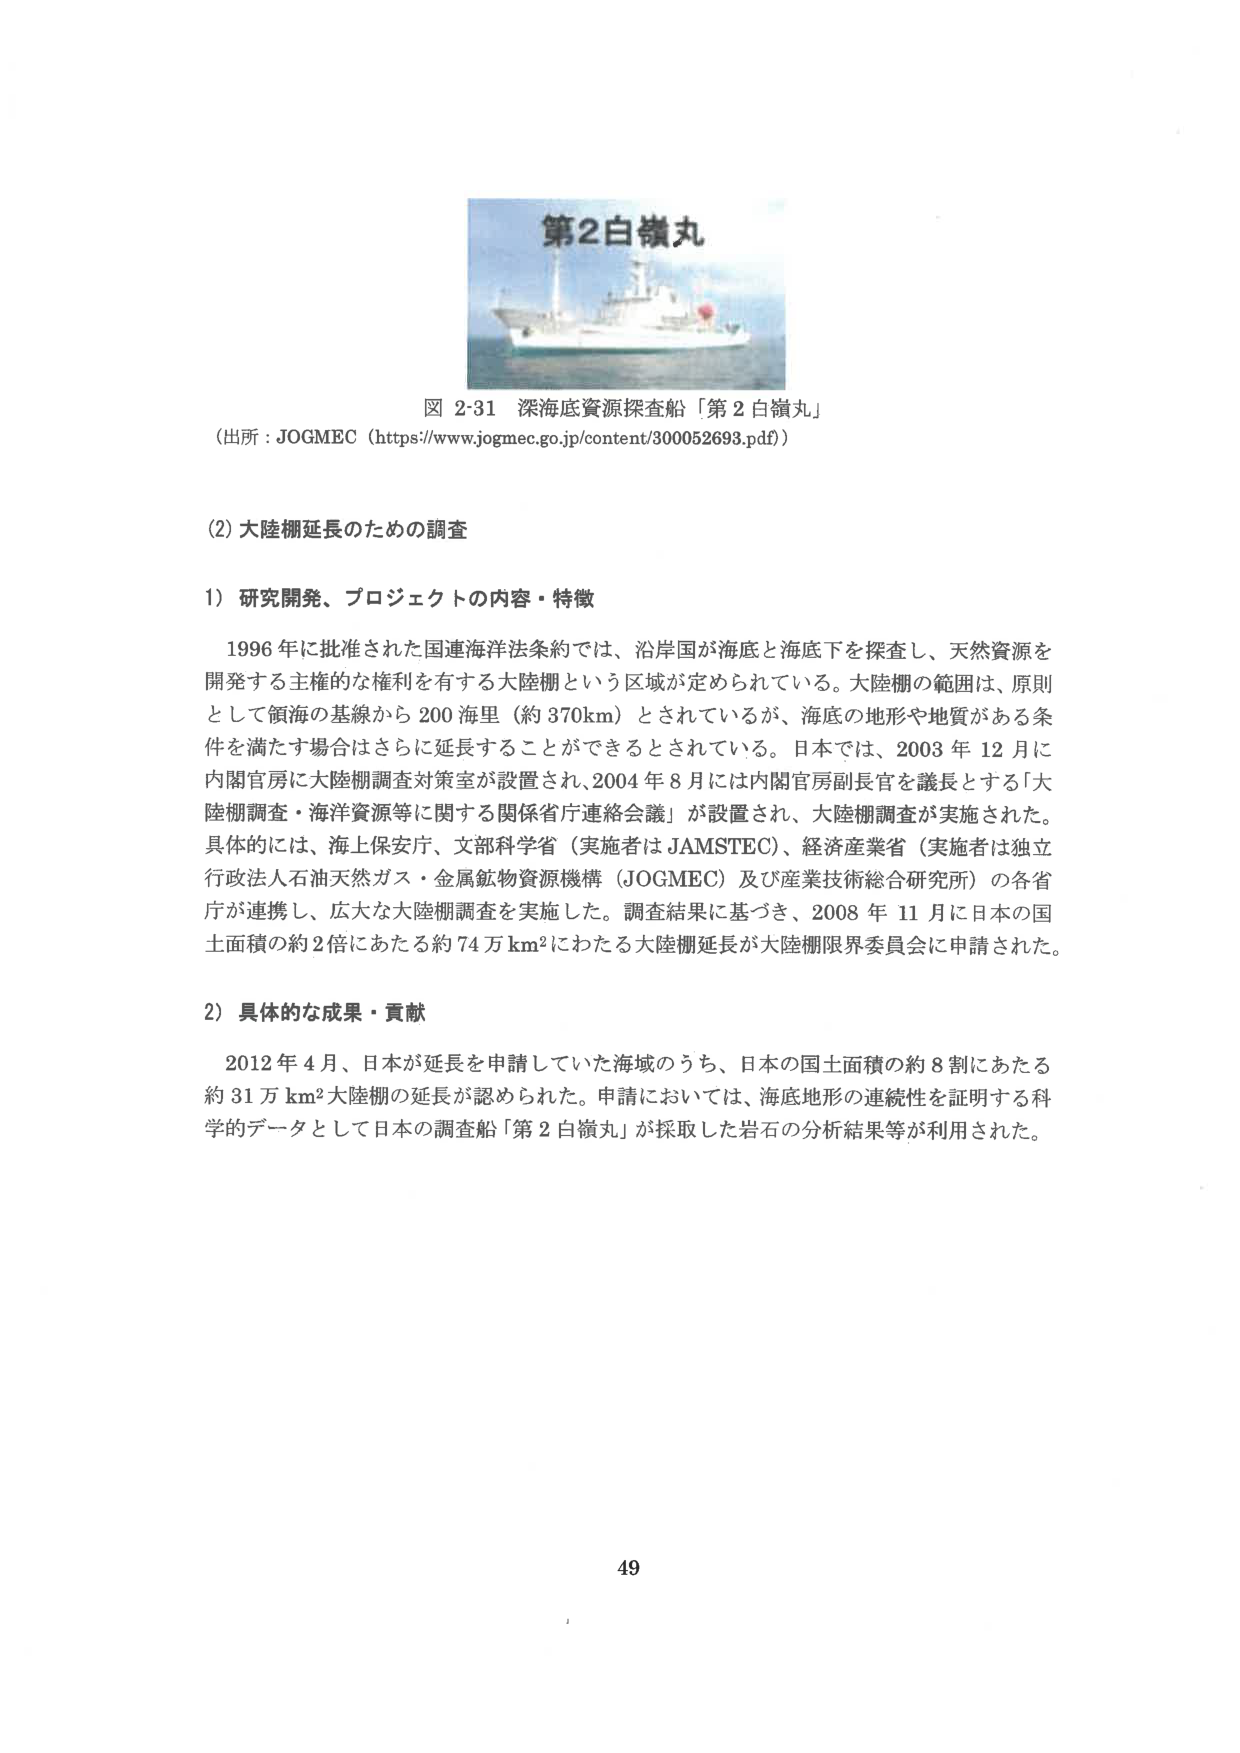
第2白嶺丸

図 2-31 深海底資源探査船「第2白嶺丸」
（出所：JOGMEC（https://www.jogmec.go.jp/content/300052693.pdf））

(2) 大陸棚延長のための調査

1）研究開発、プロジェクトの内容・特徴

1996年に批准された国連海洋法条約では、沿岸国が海底と海底下を探査し、天然資源を開発する主権的な権利を有する大陸棚という区域が定められている。大陸棚の範囲は、原則として領海の基線から200海里（約370km）とされているが、海底の地形や地質がある条件を満たす場合はさらに延長することができるとしている。日本では、2003年12月に内閣官房に大陸棚調査対策室が設置され、2004年8月には内閣官房副長官を議長とする「大陸棚調査・海洋資源等に関する関係省庁連絡会議」が設置され、大陸棚調査が実施された。具体的には、海上保安庁、文部科学省（実施者はJAMSTEC）、経済産業省（実施者は独立行政法人石油天然ガス・金属鉱物資源機構（JOGMEC）及び産業技術総合研究所）の各省庁が連携し、広大な大陸棚調査を実施した。調査結果に基づき、2008年11月に日本の国土面積の約2倍にあたる約74万km²にわたる大陸棚延長が大陸棚限界委員会に申請された。

2）具体的な成果・貢献

2012年4月、日本が延長を申請していた海域のうち、日本の国土面積の約8割にあたる約31万km²大陸棚の延長が認められた。申請においては、海底地形の連続性を証明する科学的データとして日本の調査船「第2白嶺丸」が採取した岩石の分析結果等が利用された。

49